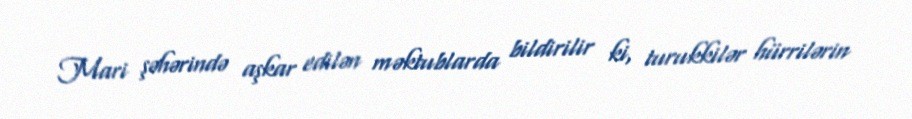
Mari şəhərində aşkar edilən məktublarda bildirilir ki, turukkilər hürrilərin